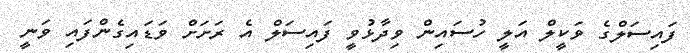
ފައިސަލްގެ ވަކީލް އަލީ ހުސައިން ވިދާޅުވީ ފައިސަލް އެ ރަށަށް ވަޑައިގެންފައި ވަނީ